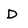
Character: D